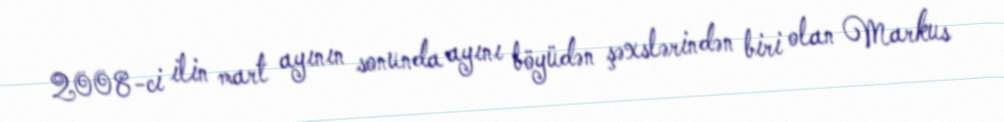
2008-ci ilin mart ayının sonunda ayını böyüdən şəxslərindən biri olan Markus